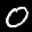
Label: 0